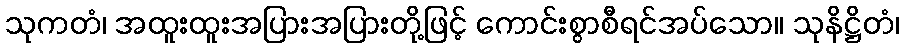
သုကတံ၊ အထူးထူးအပြားအပြားတို့ဖြင့် ကောင်းစွာစီရင်အပ်သော။ သုနိဋ္ဌိတံ၊